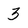
Character: 3